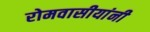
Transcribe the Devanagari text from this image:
रोमवासीयांनी